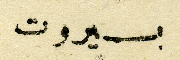
بيروت